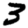
Digit: 3